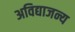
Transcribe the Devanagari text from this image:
अविद्याजन्य